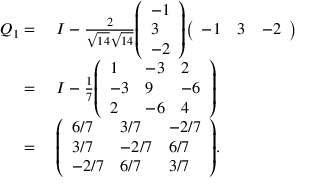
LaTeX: \begin{array} { r l } { Q _ { 1 } = { } } & { { } I - { \frac { 2 } { { \sqrt { 1 4 } } { \sqrt { 1 4 } } } } { \left( \begin{array} { l } { - 1 } \\ { 3 } \\ { - 2 } \end{array} \right) } { \left( \begin{array} { l l l } { - 1 } & { 3 } & { - 2 } \end{array} \right) } } \\ { = { } } & { { } I - { \frac { 1 } { 7 } } { \left( \begin{array} { l l l } { 1 } & { - 3 } & { 2 } \\ { - 3 } & { 9 } & { - 6 } \\ { 2 } & { - 6 } & { 4 } \end{array} \right) } } \\ { = { } } & { { } { \left( \begin{array} { l l l } { 6 / 7 } & { 3 / 7 } & { - 2 / 7 } \\ { 3 / 7 } & { - 2 / 7 } & { 6 / 7 } \\ { - 2 / 7 } & { 6 / 7 } & { 3 / 7 } \end{array} \right) } . } \end{array}